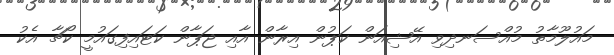
މައުލޫމާތު މުއްސަނދިވި އޭޝިއަން ކަޕުން އިރާން އާއި ޖަޕާން ކަޓައިފިގައުމީ ކޯޗާ އެކު